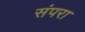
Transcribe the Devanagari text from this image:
संपरा